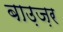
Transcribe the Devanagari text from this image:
बाउ़ज़र